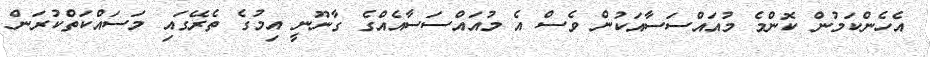
އެހެންކަމުން ކޮންމެ މުއައްސަސާއަކުން ވެސް އެ މުއައްސަސާއެއްގެ ގާނޫނީ އިމުގެ ތެރޭގައި މަސައްކަތްކުރަން